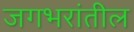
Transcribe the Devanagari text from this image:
जगभरांतील